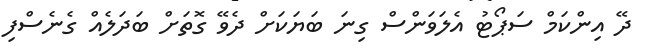
ދޭ އިންކަމް ސަޕޯޓު އެލަވަންސް ގިނަ ބަޔަކަށް ދެވޭ ގޮތަށް ބަދަލެއް ގެނެސްފި